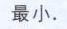
最小.